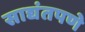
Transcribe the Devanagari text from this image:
साद्यंतपणे